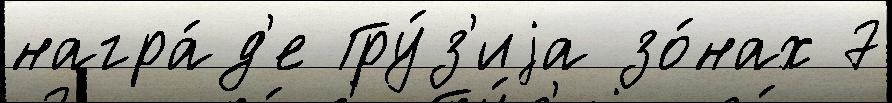
награ́д'е Гру́з'иjа зо́нах 7